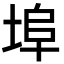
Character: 埠